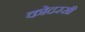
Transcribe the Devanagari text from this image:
कोदरसी